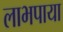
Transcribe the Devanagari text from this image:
लाभपाया